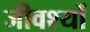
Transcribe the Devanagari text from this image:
जीवश्यों